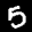
Label: 5